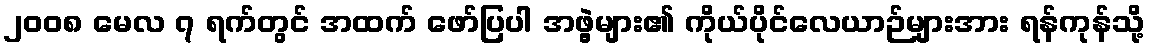
၂၀၀၈ မေလ ၇ ရက်တွင် အထက် ဖော်ပြပါ အဖွဲ့များ၏ ကိုယ်ပိုင်လေယာဉ်များအား ရန်ကုန်သို့